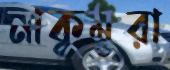
নাকুমুরা